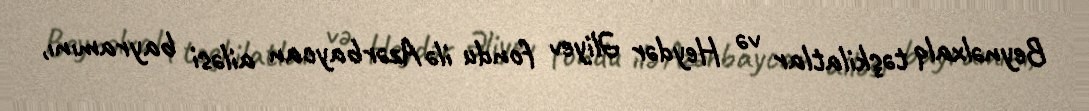
Beynəlxalq təşkilatlar və Heydər Əliyev fondu ilə Azərbaycan ailəsi bayramını,